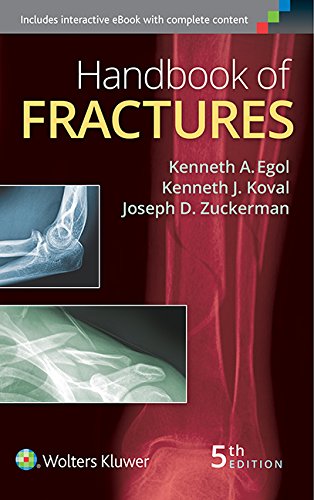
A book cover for Handbook of Fractures; Medical Books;